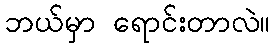
ဘယ်မှာ ရောင်းတာလဲ။